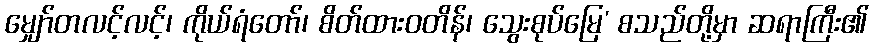
မျှော်တလင့်လင့်၊ ကိုယ်ရံတော်၊ စိတ်ထားဝတိန်၊ သွေးစုပ်မြေ’ စသည်တို့မှာ ဆရာကြီး၏